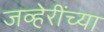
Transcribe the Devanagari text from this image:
जव्हेरींच्या